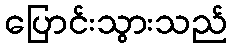
ပြောင်းသွားသည်